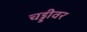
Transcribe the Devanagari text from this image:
चड्डीवर